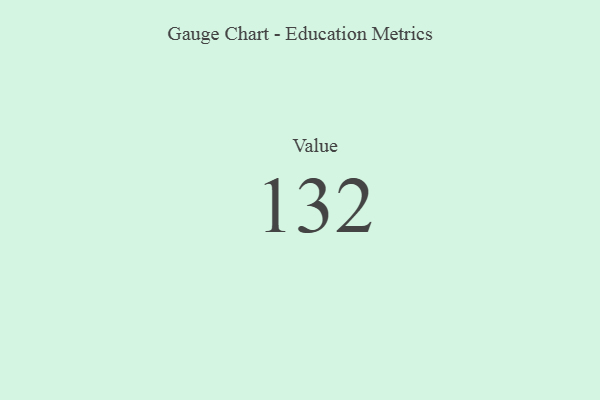
{"axis": {"x": "Metric", "y": "Value"}, "legend": [""], "data": [{"x": "Value", "y": 132, "type": ""}]}